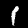
Digit: 1